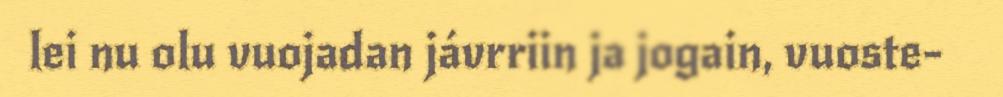
lei nu olu vuojadan jávrriin ja jogain, vuoste-